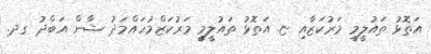
އަތޮޅު ތައުލީމީ މަރުކަޒާއި ޏ. އަތޮޅު ތައުލީމީ މަރުކަޒްމުހައްމަދު ޝާން އަބްދު ގދ.